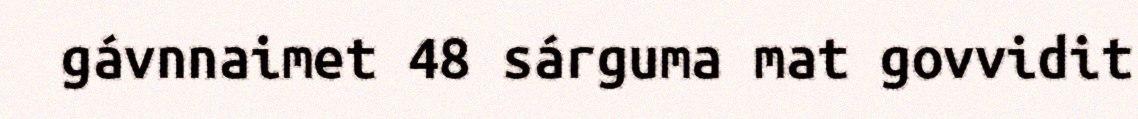
gávnnaimet 48 sárguma mat govvidit